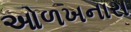
ઓળખનારા